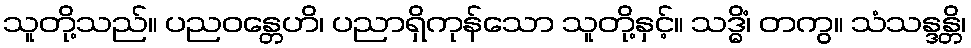
သူတို့သည်။ ပညဝန္တေဟိ၊ ပညာရှိကုန်သော သူတို့နှင့်။ သဒ္ဓိံ၊ တကွ။ သံသန္ဒန္တိ၊